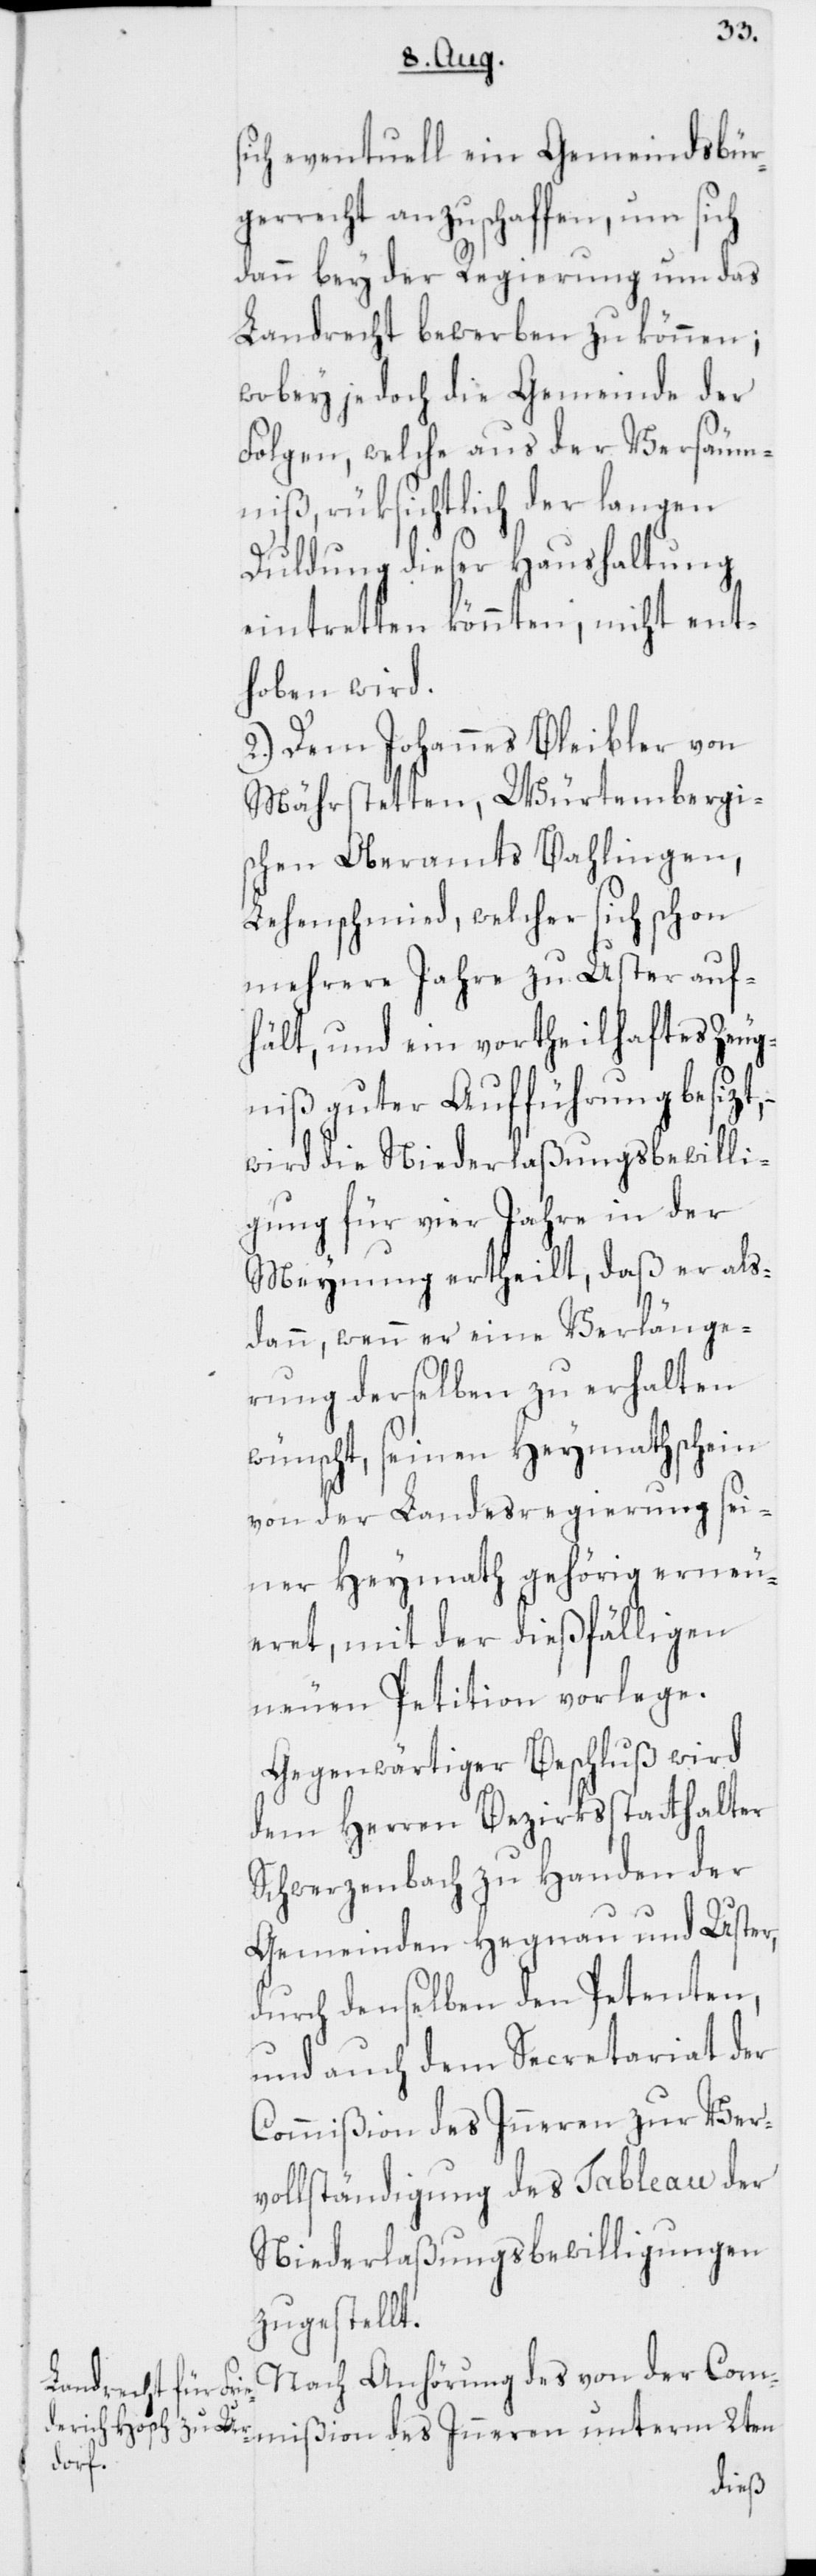
sich eventuell ein Gemeindsbür¬
gerrecht anzuschaffen, um sich
dann bey der Regierung um das
Landrecht bewerben zu können;
wobey jedoch die Gemeinde der
Folgen, welche aus der Versäum¬
niß, rüksichtlich der langen
Duldung dieser Haushaltung
eintretten könnten, nicht ent¬
hoben wird.
2.) Dem Johannes Bleibler von
Mährstetten, Würtembergi¬
schen Oberamts Bahlingen,
Lehenschmied, welcher sich schon
mehrere Jahre zu Uster auf¬
hält, und ein vortheilhaftes Zeug¬
niß guter Aufführung besizt, –
wird die Niederlaßungsbewilli¬
gung für vier Jahre in der
Meynung ertheilt, daß er als¬
dann, wenn er eine Verlänge¬
rung derselben zu erhalten
wünscht, seinen Heymathschein
von der Landesregierung sei¬
ner Heymath gehörig erneu¬
eret, mit der dießfälligen
neuen Petition vorlege.
Gegenwärtiger Beschluß wird
dem Herren Bezirksstatthalter
Schwerzenbach zu Handen der
Gemeinden Hegnau und Uster,
durch denselben den Petenten,
und auch dem Secretariat der
Commißion des Inneren zur Ver¬
vollständigung des Tableau der
Niederlaßungsbewilligungen
zugestellt.
Nach Anhörung des von der Com¬
mißion des Inneren unterm 2ten